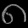
Digit: ၈